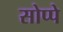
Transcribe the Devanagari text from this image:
सोप्पे